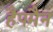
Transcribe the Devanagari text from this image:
हैपमैन